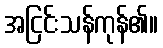
အငြင်းသန်ကုန်၏။